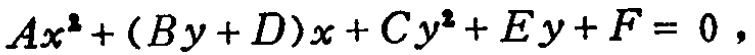
\(Ax^{2}+(By + D)x+Cy^{2}+Ey + F = 0\)